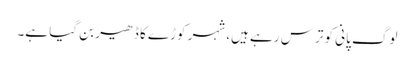
لوگ پانی کو ترس رہے ہیں، شہر کوڑے کا ڈھیر بن گیا ہے۔